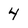
Character: 4